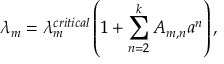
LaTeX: \lambda _ { m } = \lambda _ { m } ^ { c r i t i c a l } \left( 1 + \sum _ { n = 2 } ^ { k } A _ { m , n } a ^ { n } \right) ,